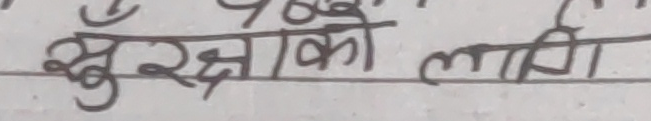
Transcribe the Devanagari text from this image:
सुरक्षाको लागि